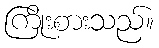
ကြိုးစားသည်။